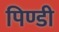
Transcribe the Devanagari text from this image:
पिण्डी